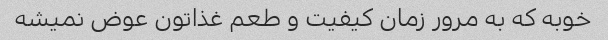
خوبه که به مرور زمان کیفیت و طعم غذاتون عوض نمیشه